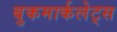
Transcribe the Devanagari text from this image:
बुकमार्कलेट्स